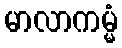
မာလာကမ္မံ